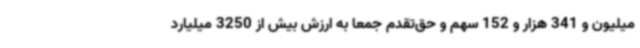
میلیون و 341 هزار و 152 سهم و حق‌تقدم جمعا به ارزش بیش از 3250 میلیارد